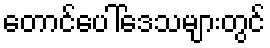
တောင်ပေါ်ဒေသများတွင်